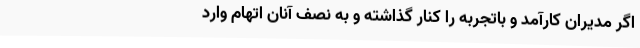
اگر مدیران کارآمد و باتجربه را کنار گذاشته و به نصف آنان اتهام وارد